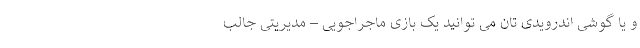
و یا گوشی اندرویدی تان می توانید یک بازی ماجراجویی – مدیریتی جالب